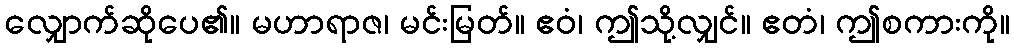
လျှောက်ဆိုပေ၏။ မဟာရာဇ၊ မင်းမြတ်။ ဧဝံ၊ ဤသို့လျှင်။ ဧတံ၊ ဤစကားကို။